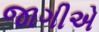
જાગીએ